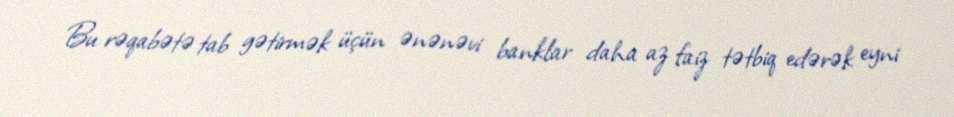
Bu rəqabətə tab gətirmək üçün ənənəvi banklar daha az faiz tətbiq edərək eyni